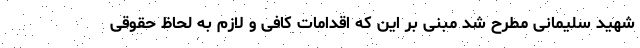
شهید سلیمانی مطرح شد مبنی بر این که اقدامات کافی و لازم به لحاظ حقوقی